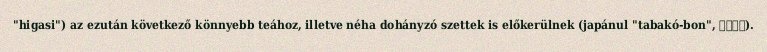
"higasi") az ezután következő könnyebb teához, illetve néha dohányzó szettek is előkerülnek (japánul "tabakó-bon", タバコ盆).